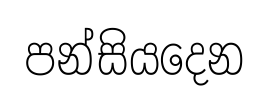
පන්සියදෙන